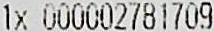
1X 000002781709